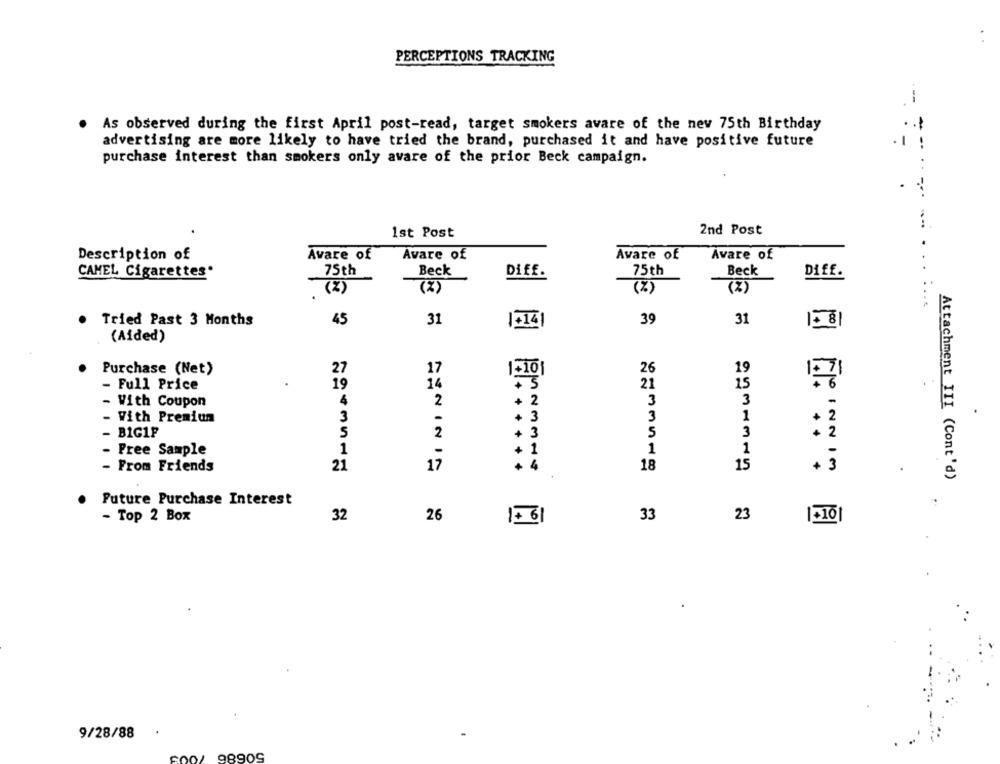
PERCEPTIONS TRACKING
--
As observed during the first April post-read, target smokers avare of the new 75th Birthday
advertising are more likely to have tried the brand, purchased it and have positive future
--
purchase interest than smokers only avare of the prior Beck campaign.
2nd Post
1st Post
....
Description of
Avare of
Avare of
Avare of
Avare of
CAMEL Cigarettes.
75th
Beck
Diff.
75th
Beck
Diff.
(2)
(%)
(%)
Tried Past 3 Months
45
31
39
31
1581
1.141
(Aided)
Purchase (Net)
27
17
1310
26
19
15
1. 71
- Full Price
19
14
21
With Coupon
4
2
2
3
3
-
With Premiun
3
+ 3
3
1
+ 2
- BIG1P
S
2
+ 3
5
3
+ 2
- Free Sample
1
+ 1
1
1
-
21
17
+ 4
18
15
+ 3
- From Friends
Attachment III (Cont'd)
Future Purchase Interest
- Top 2 Box
32
26
1.61
33
23
15101
9/28/88
50686 7005